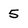
Character: 5